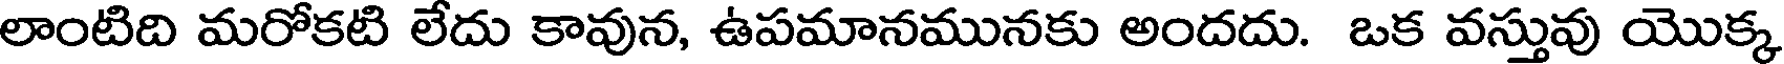
లాంటిది మరోకటి లేదు కావున, ఉపమానమునకు అందదు. ఒక వస్తువు యొక్క